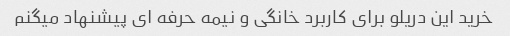
خرید این دریلو برای کاربرد خانگی و نیمه حرفه ای پیشنهاد میگنم